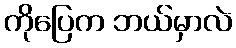
ကိုပြေက ဘယ်မှာလဲ